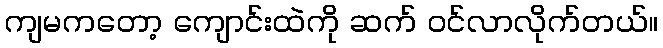
ကျမကတော့ ကျောင်းထဲကို ဆက် ဝင်လာလိုက်တယ်။